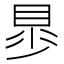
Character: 𧵁